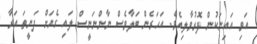
އަވި އައިނަކުން ފޮރުވާލިއެވެ. އަހަރެން ބަލާވެސް ނާންނަނީސް ލައި ގެޔަށް ދަނީތަ އަރާ